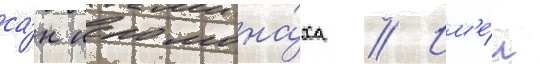
са́н иеромона́ха // Им'е́л